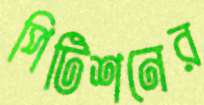
পিটিশনের